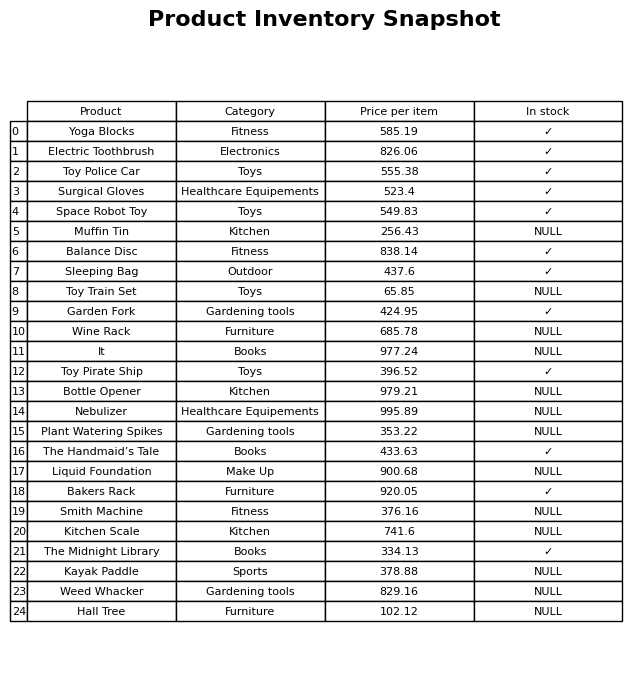
question: What is the price of the Toy Police Car?
answer: The price of Toy Police Car is 555.38.